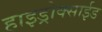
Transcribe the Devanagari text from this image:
हाइड्रोक्साईड